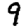
Digit: 9